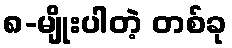
၈-မျိုးပါတဲ့ တစ်ခု